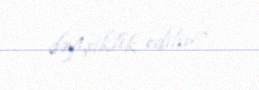
dəyişiklik edilir?.